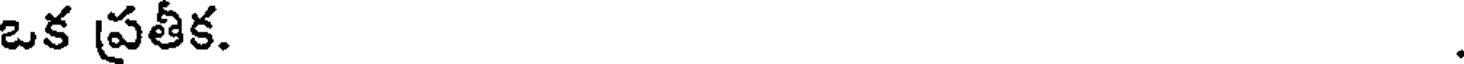
ఒక ప్రతీక.